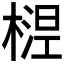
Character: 𬄅